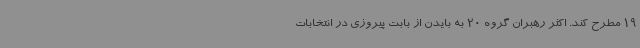
19 مطرح کند. اکثر رهبران گروه 20 به بایدن از بابت پیروزی در انتخابات